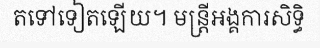
តទៅទៀតឡើយ។ មន្ត្រីអង្គការសិទ្ធិ